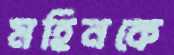
মহিনকে